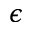
\epsilon